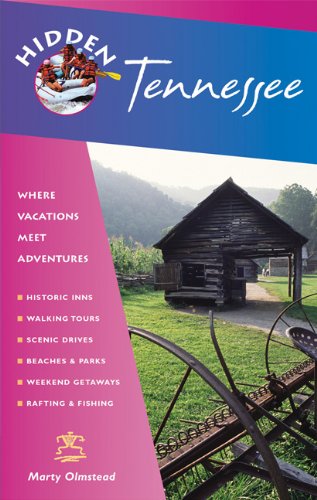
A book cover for Hidden Tennessee: Including Nashville, Memphis, and the Great Smoky Mountains; Marty Olmstead; Travel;